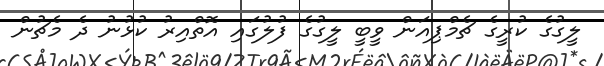
ލީގުގެ ކުރީގެ ޗެމްޕިއަން ވީބީ ލީގުގެ ފުލުގައި އޮތްއިރު ކުޅުނު ދެ މެޗުން